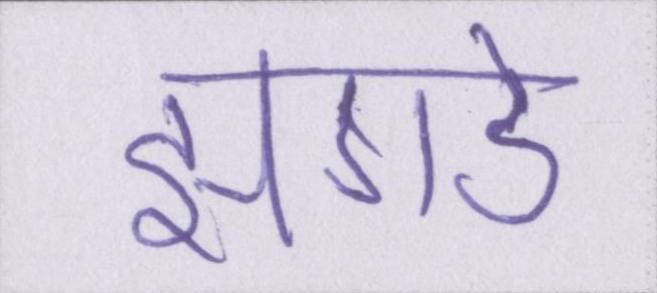
झगडे